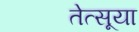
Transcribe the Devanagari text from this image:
तेत्सूया